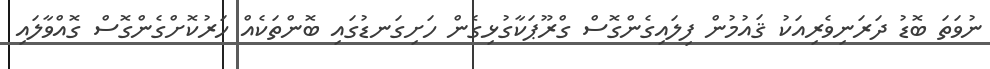
ނުވަތަ ބޮޑު ދަރަނިވެރިއަކު ޤައުމުން ފިލައިގެންގޮސް ގްރޫޕަކާގުޅިގެން ހަށިގަނޑުގައި ބޮންތަކެއް ހަރުކޮށްގެންގޮސް ގޮއްވާލައި